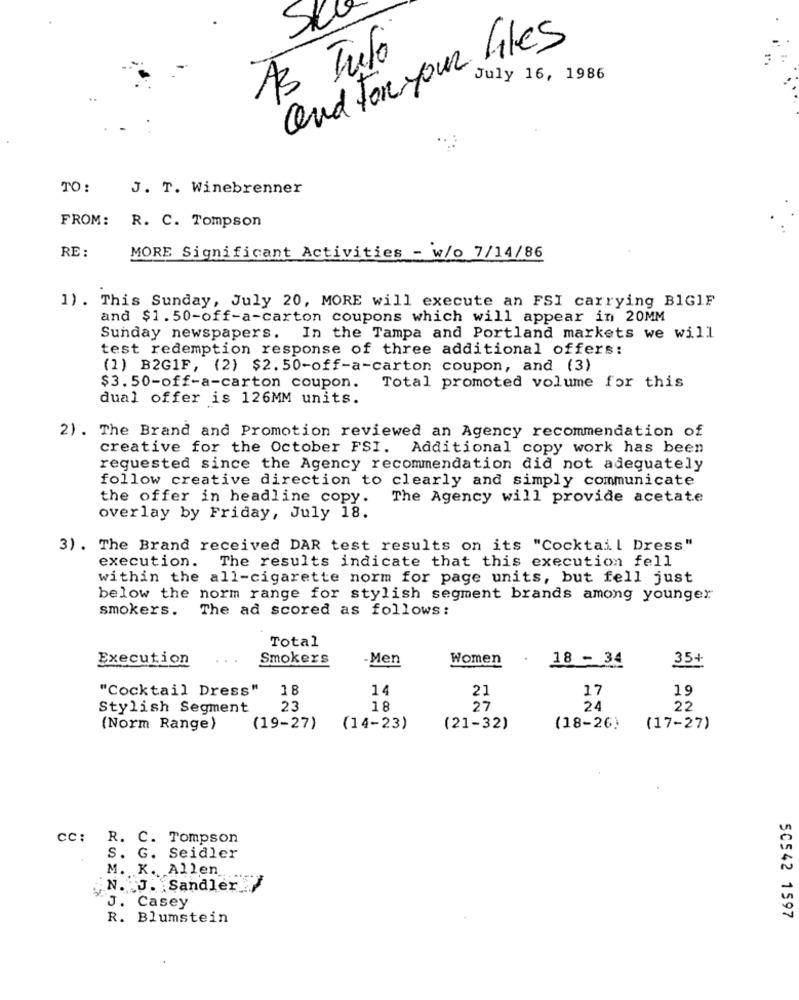
SK
and For your files
As Tulo
July 16, 1986
TO:
J. T. Winebrenner
FROM: R. C. Tompson
RE :
MORE Significant Activities - w/o 7/14/86
1) . This Sunday, July 20, MORE will execute an FSI carrying BIGIF
and $1.50-off-a-carton coupons which will appear in 20MM
Sunday newspapers. In the Tampa and Portland markets we will
test redemption response of three additional offers:
(1) B2GIF, (2) $2. 50-off-a-carton coupon, and (3)
$3. 50-off-a-carton coupon. Total promoted volume for this
dual offer is 126MM units.
2) . The Brand and Promotion reviewed an Agency recommendation of
creative for the October FSI. Additional copy work has been
requested since the Agency recommendation did not adequately
follow creative direction to clearly and simply communicate
the offer in headline copy.
The Agency will provide acetate
overlay by Friday, July 18.
3) . The Brand received DAR test results on its "Cocktail Dress"
execution.
The results indicate that this execution fell
within the all-cigarette norm for page units, but fell just
below the norm range for stylish segment brands among younger
smokers. The ad scored as follows:
Total
Execution
...
Smokers
-Men
Women
18 - 34
35+
"Cocktail Dress"
18
14
17
19
21
Stylish Segment
23
18
27
24
22
(Norm Range)
(19-27) (14-23)
(21-32)
(18-26)
(17-27)
cc: R. C. Tompson
S. G. Seidler
M. K. Allen
. J. Sandler
J. Casey
R. Blumstein
50542 1597